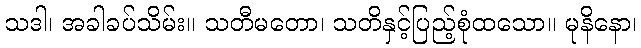
သဒါ၊ အခါခပ်သိမ်း။ သတီမတော၊ သတိနှင့်ပြည့်စုံထသော။ မုနိနော၊